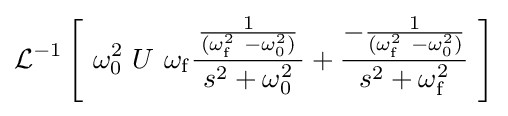
\operatorname {\mathcal {L}} ^{-1}\left[\ \omega _{0}^{2}\ U\ \omega _{\mathrm {f} }{\frac {\frac {1}{(\omega _{\mathrm {f} }^{2}\ -\omega _{0}^{2})}}{\ s^{2}+\omega _{0}^{2}\ }}+{\frac {-{\frac {1}{(\omega _{\mathrm {f} }^{2}\ -\omega _{0}^{2})}}}{\ s^{2}+\omega _{\mathrm {f} }^{2}\ }}\ \right]